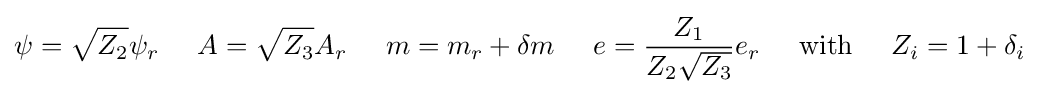
\psi ={\sqrt {Z_{2}}}\psi _{r}\;\;\;\;\;A={\sqrt {Z_{3}}}A_{r}\;\;\;\;\;m=m_{r}+\delta m\;\;\;\;\;e={\frac {Z_{1}}{Z_{2}{\sqrt {Z_{3}}}}}e_{r}\;\;\;\;\;{\text{with}}\;\;\;\;\;Z_{i}=1+\delta _{i}